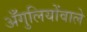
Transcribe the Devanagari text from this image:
अँगुलियोंवाले